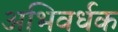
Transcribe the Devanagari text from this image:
अभिवर्धक